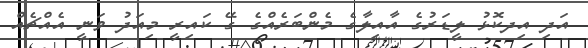
އަދި އިދކޮޅު ލީޑަރުގެ އާއިލާގެ މެންބަރެއްގެ ގޭ ކައިރީ މިއަދު ވަނީ އެއްޗެއް